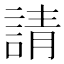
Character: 請